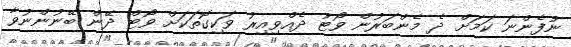
ނުފެންނަ ކަމަށް ދެ މެންބަރުން ވޯޓު ދެއްވިއިރު ވަކިގޮތަކަށް ވޯޓް ދޭން ބޭނުންނުވާ